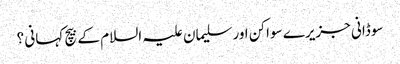
سوڈانی جزیرے سواکن اور سلیمان علیہ السلام کے بیچ کہانی ؟